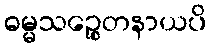
ဓမ္မသဉ္စေတနာယပိ